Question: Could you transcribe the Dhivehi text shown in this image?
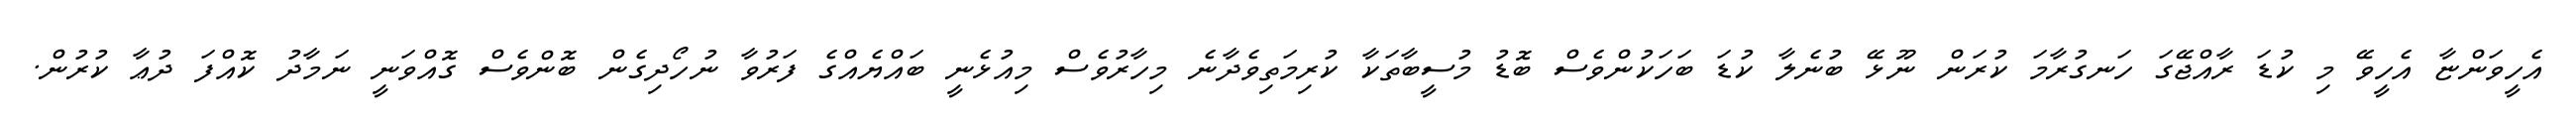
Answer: އެހީވަންޏާ އެހީވޭ މި ކުޑަ ރާއްޖޭގަ ހަނގުރާމަ ކުރަން ނޫޅޭ ބުނެލާ ކުޑަ ބަހަކުންވެސް ބޮޑު މުސީބާތަކާ ކުރިމަތިވެދާނެ މިހާރުވެސް މިއުޅެނީ ބައްޔެއްގެ ފަރުވާ ނުހޯދިގެން ބޮންވެސް ގޮއްވަނީ ނަމާދު ކޮއްފަ ދުޢާ ކުރުން.